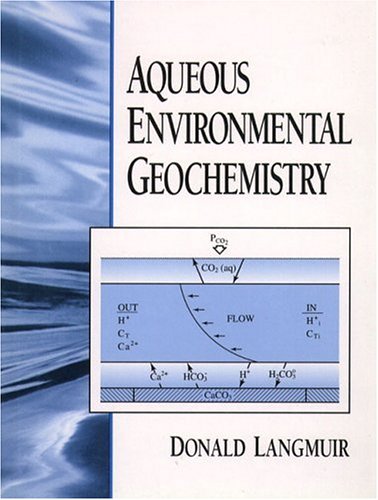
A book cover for Aqueous Environmental Geochemistry; Donald Langmuir; Science & Math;